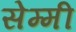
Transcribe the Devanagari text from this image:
सेम्मी